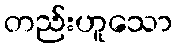
တည်းဟူသော